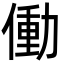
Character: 働